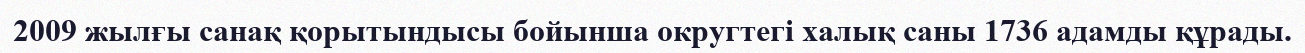
2009 жылғы санақ қорытындысы бойынша округтегі халық саны 1736 адамды құрады.